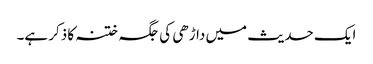
ایک حدیث میں داڑھی کی جگہ ختنہ کا ذکر ہے۔